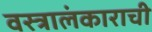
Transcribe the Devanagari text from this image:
वस्त्रालंकाराची